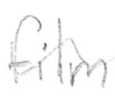
Text: film
Cross-out: wave
Writing tool: pencil